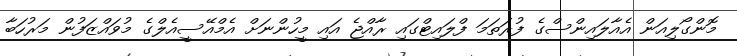
މޮންގޯލިއަން އެއާލައިންސްގެ ފުރަތަމަ ފްލައިޓްގައި ރާއްޖެ އައި މީހުންނަށް އެމްއޭސީއެލްގެ މުވައްޒަފުން މަރުހަބާ